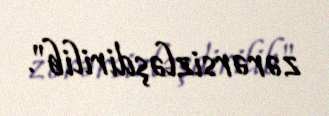
zərərsizləşdirilib".